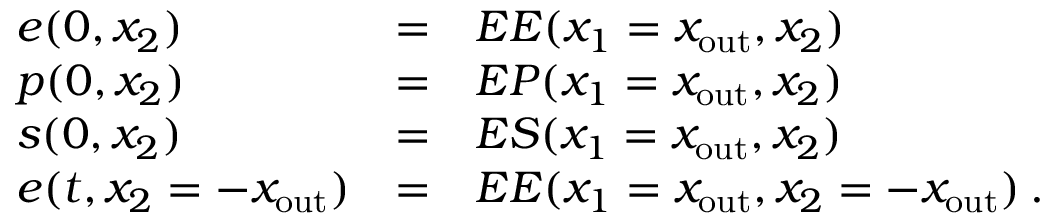
\begin{array} { l l l } { e ( 0 , x _ { 2 } ) } & { = } & { E E ( x _ { 1 } = x _ { \mathrm { o u t } } , x _ { 2 } ) } \\ { p ( 0 , x _ { 2 } ) } & { = } & { E P ( x _ { 1 } = x _ { \mathrm { o u t } } , x _ { 2 } ) } \\ { s ( 0 , x _ { 2 } ) } & { = } & { E S ( x _ { 1 } = x _ { \mathrm { o u t } } , x _ { 2 } ) } \\ { e ( t , x _ { 2 } = - x _ { \mathrm { o u t } } ) } & { = } & { E E ( x _ { 1 } = x _ { \mathrm { o u t } } , x _ { 2 } = - x _ { \mathrm { o u t } } ) \: . } \end{array}